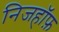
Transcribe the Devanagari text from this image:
निजहॉफ़